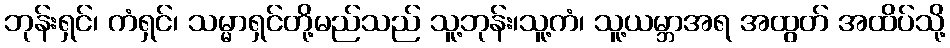
ဘုန်းရှင်၊ ကံရှင်၊ သမ္မာရှင်တို့မည်သည် သူ့ဘုန်း၊သူ့ကံ၊ သူ့ယမ္ဘာအရ အထွတ် အထိပ်သို့